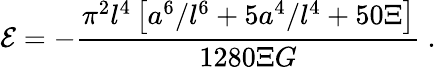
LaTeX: {\cal E}=-{\frac{{\pi}^{2}l^{4}\left[a^{6}/l^{6}+5a^{4}/l^{4}+50\Xi\right]}{1280\Xi G}}\ .